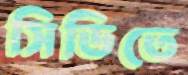
সিডিতে